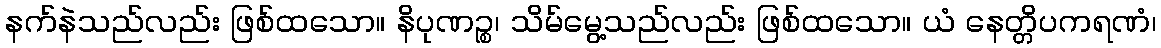
နက်နဲသည်လည်း ဖြစ်ထသော။ နိပုဏဉ္စ၊ သိမ်မွေ့သည်လည်း ဖြစ်ထသော။ ယံ နေတ္တိပကရဏံ၊